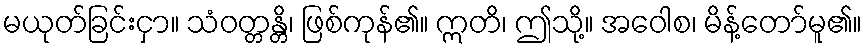
မယုတ်ခြင်းငှာ။ သံဝတ္တန္တိ၊ ဖြစ်ကုန်၏။ ဣတိ၊ ဤသို့။ အဝေါစ၊ မိန့်တော်မူ၏။